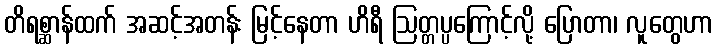
တိရစ္ဆာန်ထက် အဆင့်အတန်း မြင့်နေတာ ဟိရီ ဩတ္တပ္ပကြောင့်လို့ ပြောတာ၊ လူတွေဟာ